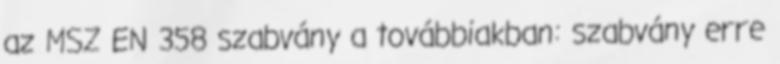
az MSZ EN 358 szabvány a továbbiakban: szabvány erre